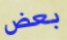
بعض